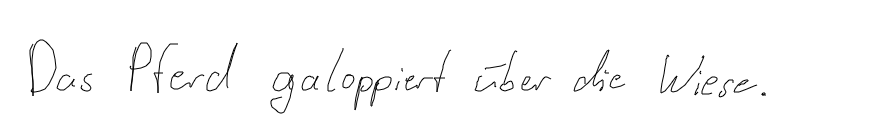
Das Pferd galoppiert über die Wiese.